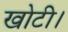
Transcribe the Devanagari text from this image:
खोटी।